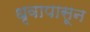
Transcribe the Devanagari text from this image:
धृवापासून